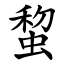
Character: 䖿